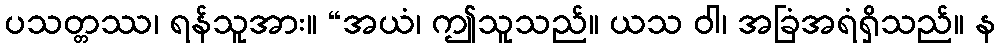
ပသတ္တဿ၊ ရန်သူအား။ “အယံ၊ ဤသူသည်။ ယသ ဝါ၊ အခြံအရံရှိသည်။ န